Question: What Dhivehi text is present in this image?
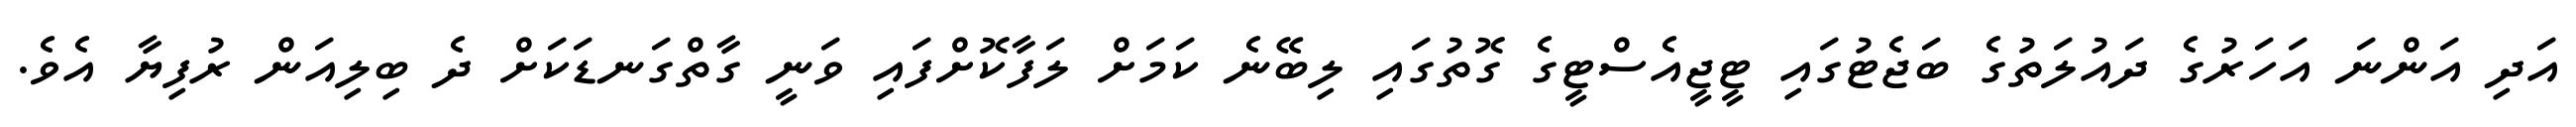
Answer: އަދި އަންނަ އަހަރުގެ ދައުލަތުގެ ބަޖެޓުގައި ޓީޖީއެސްޓީގެ ގޮތުގައި ލިބޭނެ ކަމަށް ލަފާކޮށްފައި ވަނީ ގާތްގަނޑަކަށް ދެ ބިލިއަން ރުފިޔާ އެވެ.